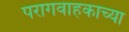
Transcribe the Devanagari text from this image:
परागवाहकाच्या